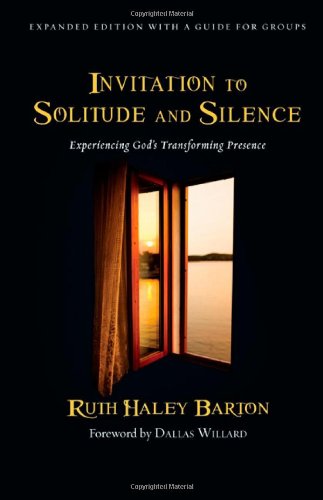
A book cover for Invitation to Solitude and Silence: Experiencing God's Transforming Presence; Ruth Haley Barton; Christian Books & Bibles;